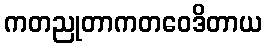
ကတညုတာကတဝေဒိတာယ